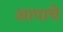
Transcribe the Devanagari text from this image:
आपाचे